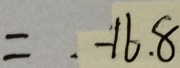
= - 1 6 . 8